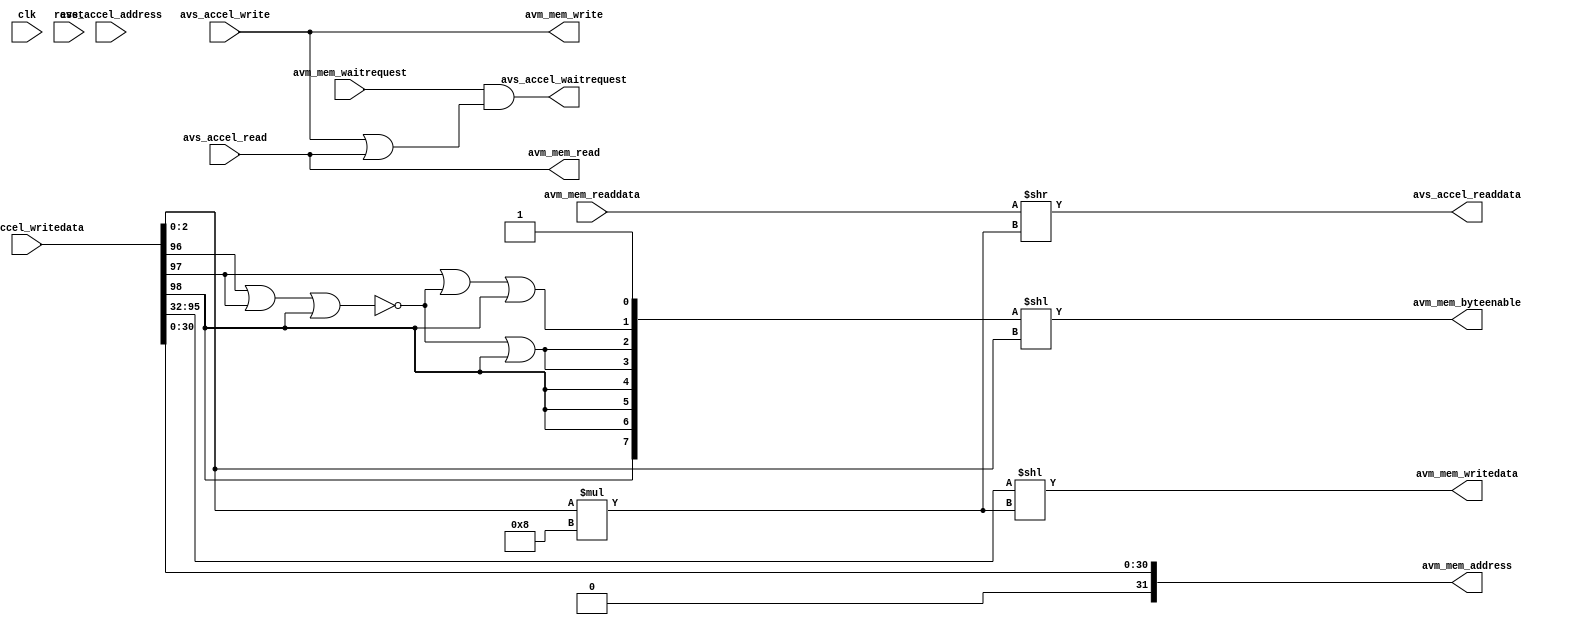
module avm_mem_accel_bridge (
    //qsys inputs
    input clk,
    input reset,

    //accel inputs
    input [127:0] avs_accel_writedata,
    input avs_accel_address,
    input avs_accel_write,
    input avs_accel_read,
    output [127:0] avs_accel_readdata,
    output avs_accel_waitrequest,

    //mem outputs
    //ignore the upper bit of the address so that the s2 interface
    //of on chip memory can sit at 0x0 
    input avm_mem_waitrequest,
    output [31:0] avm_mem_address,
    input [63:0] avm_mem_readdata,
    output avm_mem_read,
    output avm_mem_write,
    output [63:0] avm_mem_writedata,
    output [7:0] avm_mem_byteenable
);

wire        mem8, mem16, mem32, mem64;
wire [2:0]  atm_byteSel_32bit;

assign mem8 = avs_accel_writedata[96];
assign mem16 = avs_accel_writedata[97];
assign mem64 = avs_accel_writedata[98];
assign mem32 = ~(mem8 | mem16 | mem64);

assign atm_byteSel_32bit = avs_accel_writedata[2:0];
assign avm_mem_write = avs_accel_write;
assign avm_mem_read = avs_accel_read;

//set byteenable according to appropiate byte enable signals
assign avm_mem_byteenable = ({{4{mem64}}, {2{mem32|mem64}}, {mem16|mem32|mem64}, {1'b1}}) << atm_byteSel_32bit;
//set address to least significant 31 bits of writedata
assign avm_mem_address = avs_accel_writedata[30:0];
//concatenate readdata with byteenable shifted version 
assign avs_accel_readdata = {64'd0, avm_mem_readdata} >> (atm_byteSel_32bit * 8);
//set actual writedata to middle 64 bits
assign avm_mem_writedata = avs_accel_writedata[95:32] << (atm_byteSel_32bit * 8);

assign avs_accel_waitrequest = avm_mem_waitrequest & (avs_accel_write | avs_accel_read);

endmodule